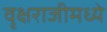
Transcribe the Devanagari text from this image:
वृक्षराजीमध्ये